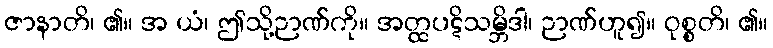
ဇာနာတိ၊ ၏။ အ ယံ၊ ဤသို့ဉာဏ်ကို။ အတ္ထပဋိသမ္ဘိဒါ၊ ဉာဏ်ဟူ၍။ ဝုစ္စတိ၊ ၏။